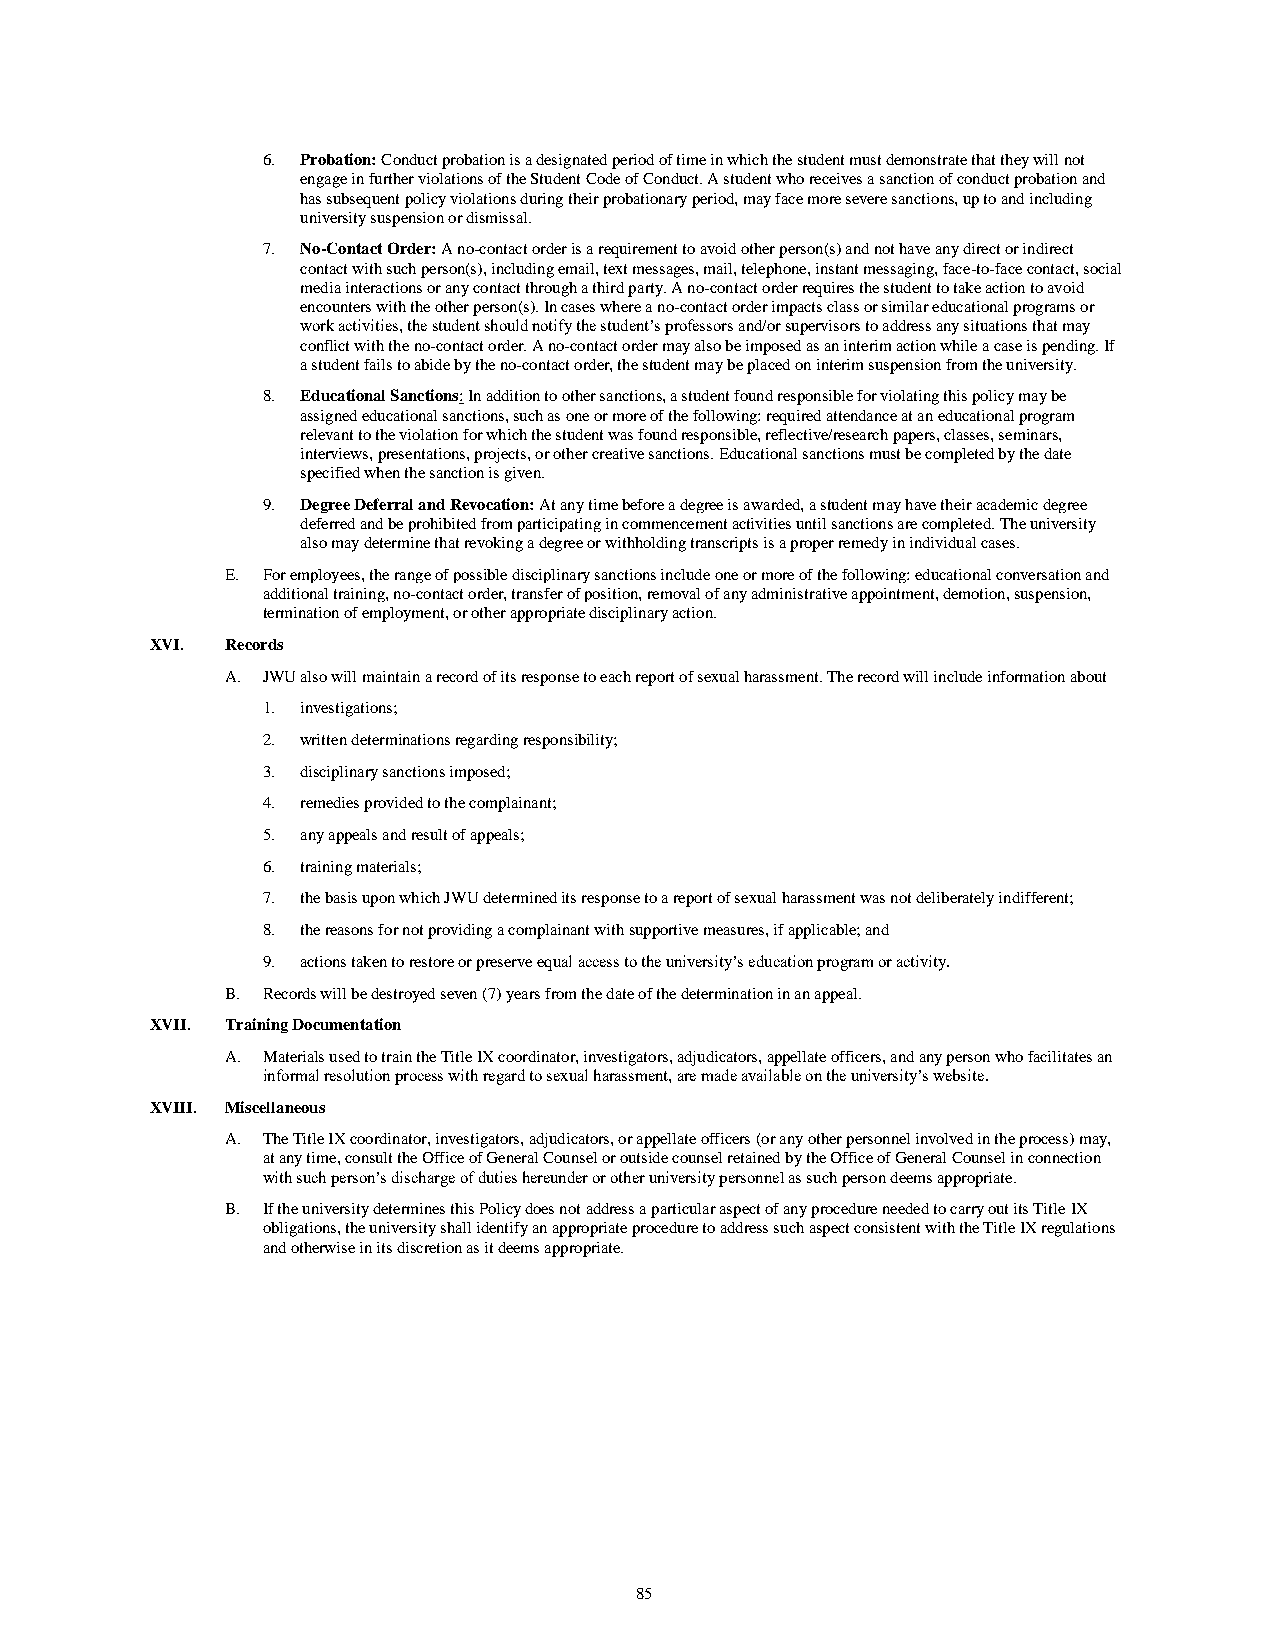
6. Probation: Conduct probation is a designated period of time in which the student must demonstrate that they will not
 engage in further violations of the Student Code of Conduct. A student who receives a sanction of conduct probation and
 has subsequent policy violations during their probationary period, may face more severe sanctions, up to and including
 university suspension or dismissal.
 7. No-Contact Order: A no-contact order is a requirement to avoid other person(s) and not have any direct or indirect
 contact with such person(s), including email, text messages, mail, telephone, instant messaging, face-to-face contact, social
 media interactions or any contact through a third party. A no-contact order requires the student to take action to avoid
 encounters with the other person(s). In cases where a no-contact order impacts class or similar educational programs or
 work activities, the student should notify the student’s professors and/or supervisors to address any situations that may
 conflict with the no-contact order. A no-contact order may also be imposed as an interim action while a case is pending. If
 a student fails to abide by the no-contact order, the student may be placed on interim suspension from the university.
 8. Educational Sanctions: In addition to other sanctions, a student found responsible for violating this policy may be
 assigned educational sanctions, such as one or more of the following: required attendance at an educational program
 relevant to the violation for which the student was found responsible, reflective/research papers, classes, seminars,
 interviews, presentations, projects, or other creative sanctions. Educational sanctions must be completed by the date
 specified when the sanction is given.
 9. Degree Deferral and Revocation: At any time before a degree is awarded, a student may have their academic degree
 deferred and be prohibited from participating in commencement activities until sanctions are completed. The university
 also may determine that revoking a degree or withholding transcripts is a proper remedy in individual cases.
 E. For employees, the range of possible disciplinary sanctions include one or more of the following: educational conversation and
 additional training, no-contact order, transfer of position, removal of any administrative appointment, demotion, suspension,
 termination of employment, or other appropriate disciplinary action.
 XVI. Records
 A. JWU also will maintain a record of its response to each report of sexual harassment. The record will include information about
 1. investigations;
 2. written determinations regarding responsibility;
 3. disciplinary sanctions imposed;
 4. remedies provided to the complainant;
 5. any appeals and result of appeals;
 6. training materials;
 7. the basis upon which JWU determined its response to a report of sexual harassment was not deliberately indifferent;
 8. the reasons for not providing a complainant with supportive measures, if applicable; and
 9. actions taken to restore or preserve equal access to the university’s education program or activity.
 B. Records will be destroyed seven (7) years from the date of the determination in an appeal.
 XVII. Training Documentation
 A. Materials used to train the Title IX coordinator, investigators, adjudicators, appellate officers, and any person who facilitates an
 informal resolution process with regard to sexual harassment, are made available on the university’s website.
 XVIII. Miscellaneous
 A. The Title IX coordinator, investigators, adjudicators, or appellate officers (or any other personnel involved in the process) may,
 at any time, consult the Office of General Counsel or outside counsel retained by the Office of General Counsel in connection
 with such person’s discharge of duties hereunder or other university personnel as such person deems appropriate.
 B. If the university determines this Policy does not address a particular aspect of any procedure needed to carry out its Title IX
 obligations, the university shall identify an appropriate procedure to address such aspect consistent with the Title IX regulations
 and otherwise in its discretion as it deems appropriate.
 85